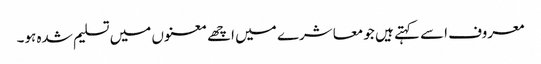
معروف اسے کہتے ہیں جو معاشرے میں اچھے معنوں میں تسلیم شدہ ہو۔